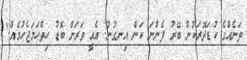
ތަނެއްގެ ކުޑަދޮރަކުން ބޭރު ފެންނަ ކަން އިނގުނު. އެއީ ވަރަށް ބޮޑު ހިތްހަމަޖެހުމެއް."